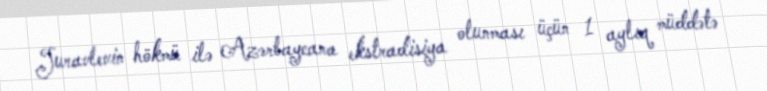
Juravlevin hökmü ilə Azərbaycana ekstradisiya olunması üçün 1 aylıq müddətə